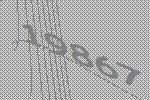
19867